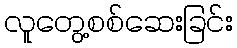
လူတွေ့စစ်ဆေးခြင်း